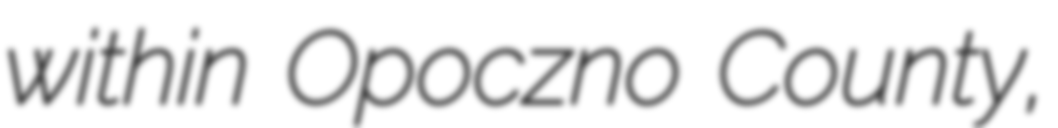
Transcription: within Opoczno County,